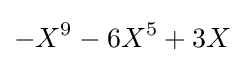
-X^{9}-6X^{5}+3X